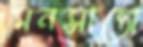
মনসান্তো